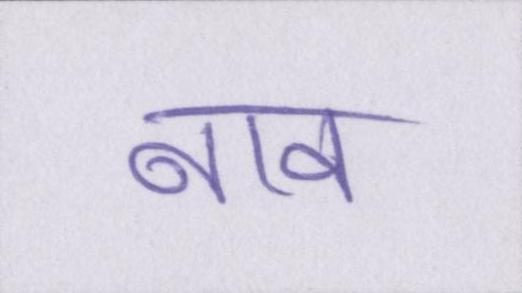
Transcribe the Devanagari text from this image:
नाव